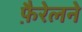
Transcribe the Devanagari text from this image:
फ़ैरेलने